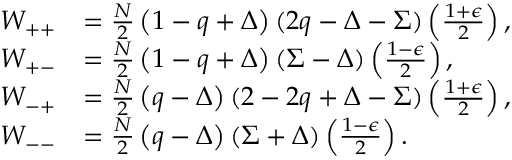
\begin{array} { r l } { W _ { + + } } & { = \frac { N } { 2 } \left( 1 - q + \Delta \right) ( 2 q - \Delta - \Sigma ) \left( \frac { 1 + \epsilon } { 2 } \right) , } \\ { W _ { + - } } & { = \frac { N } { 2 } \left( 1 - q + \Delta \right) ( \Sigma - \Delta ) \left( \frac { 1 - \epsilon } { 2 } \right) , } \\ { W _ { - + } } & { = \frac { N } { 2 } \left( q - \Delta \right) ( 2 - 2 q + \Delta - \Sigma ) \left( \frac { 1 + \epsilon } { 2 } \right) , } \\ { W _ { -- } } & { = \frac { N } { 2 } \left( q - \Delta \right) ( \Sigma + \Delta ) \left( \frac { 1 - \epsilon } { 2 } \right) . } \end{array}